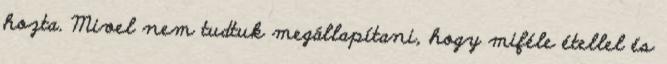
hozta. Mivel nem tudtuk megállapítani, hogy miféle étellel és